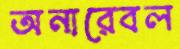
অনারেবল